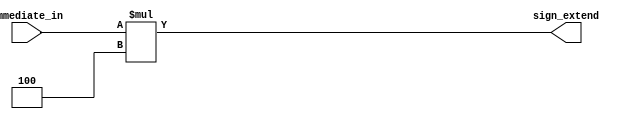
`timescale 1ns / 1ps

module sign_extend(immediate_in, sign_extend );

   	input [13:0] immediate_in;
	output [15:0] sign_extend;
	assign sign_extend = immediate_in * 4;

	
endmodule